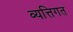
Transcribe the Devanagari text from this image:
व्यत्तिगत